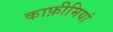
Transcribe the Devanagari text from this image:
काफ़ीमियां